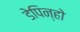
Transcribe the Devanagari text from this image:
डेपिन्हो